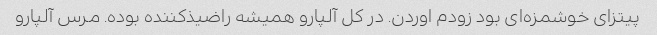
پیتزای خوشمزه‌ای بود زودم اوردن. در کل آلپارو همیشه راضیذکننده بوده. مرس آلپارو